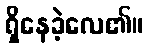
ရှိနေခဲ့လေ၏။